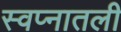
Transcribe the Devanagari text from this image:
स्वप्नातली